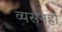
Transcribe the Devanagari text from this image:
व्यसनही